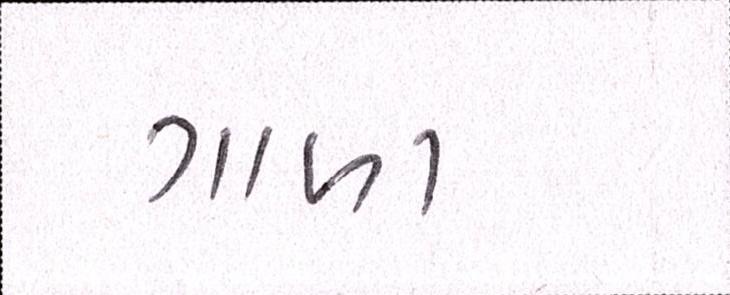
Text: ગાળા